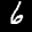
Label: 6